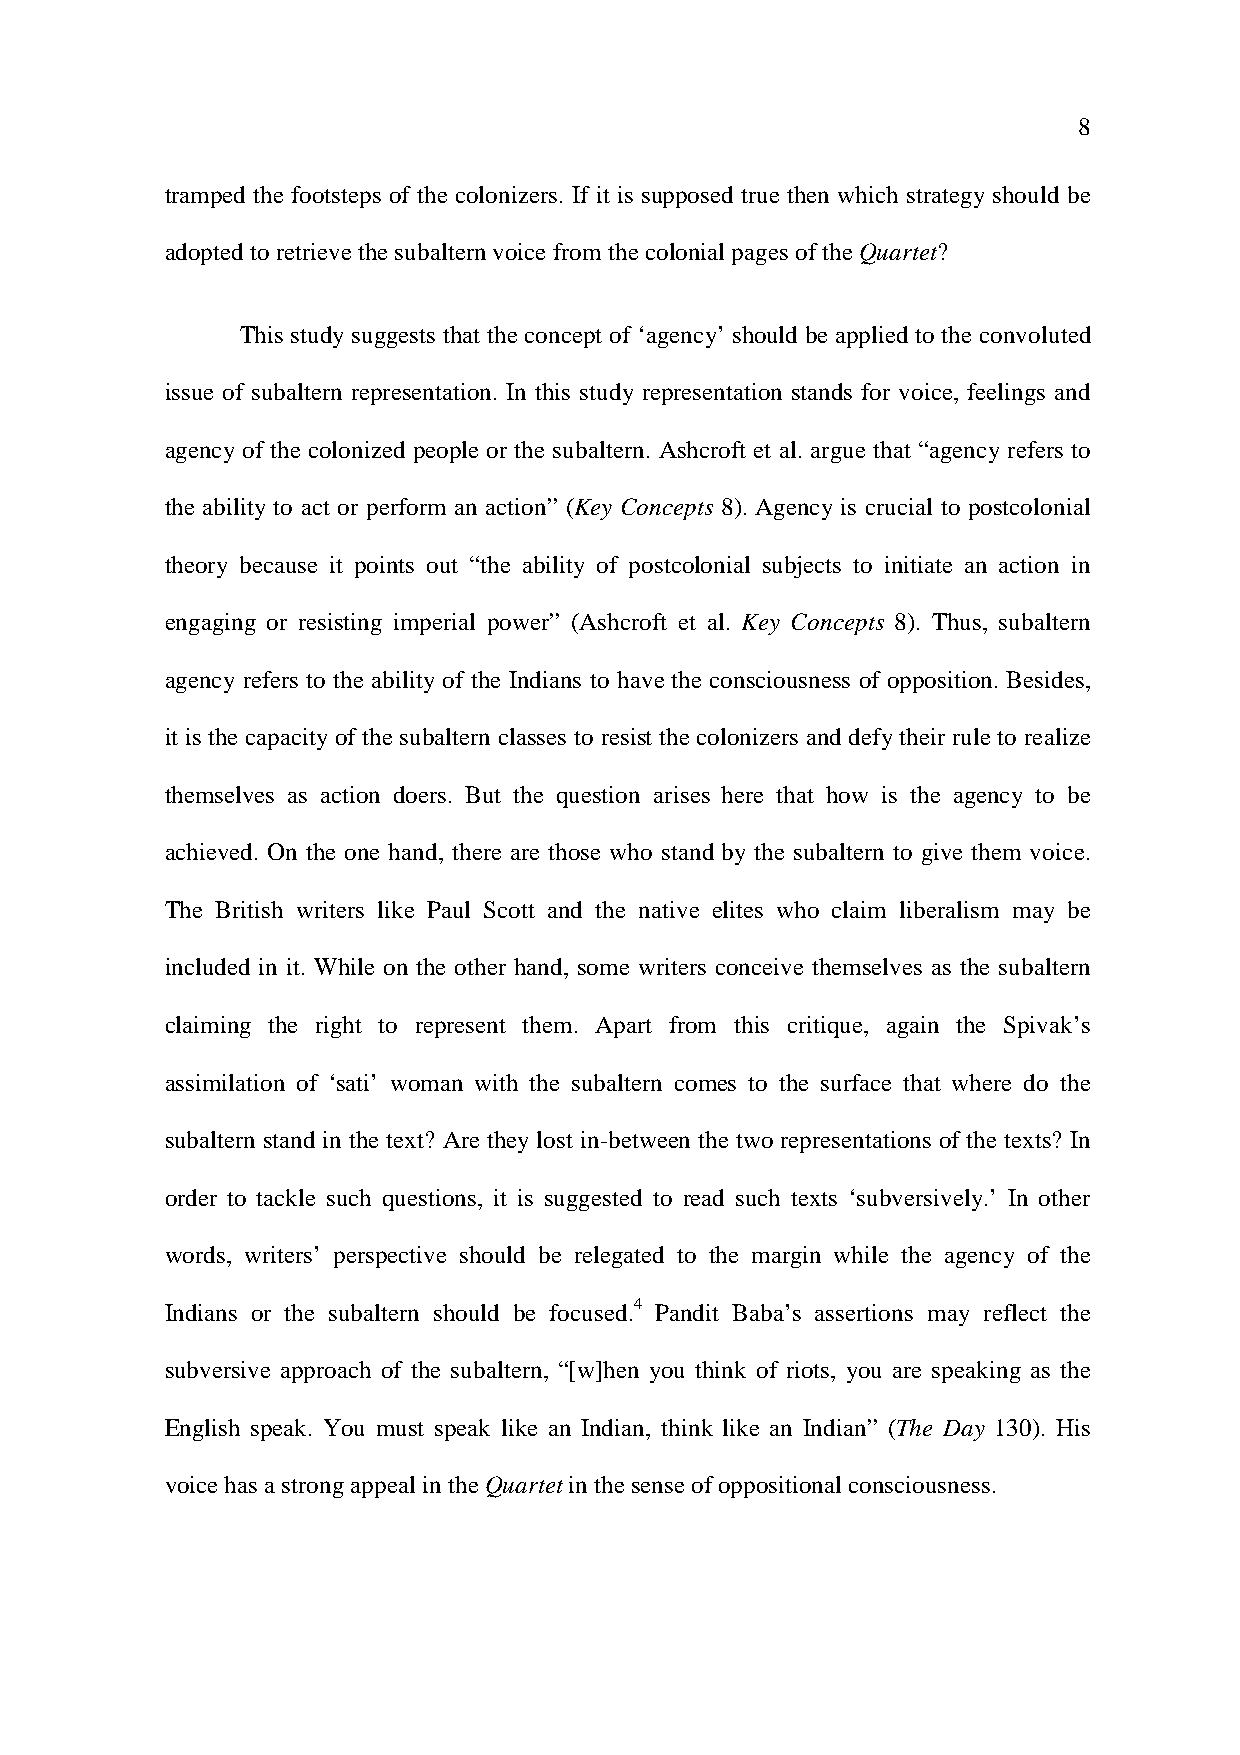
8
 tramped the footsteps of the colonizers. If it is supposed true then which strategy should be
 adopted to retrieve the subaltern voice from the colonial pages of the Quartet?
 This study suggests that the concept of ‘agency’ should be applied to the convoluted
 issue of subaltern representation. In this study representation stands for voice, feelings and
 agency of the colonized people or the subaltern. Ashcroft et al. argue that “agency refers to
 the ability to act or perform an action” (Key Concepts 8). Agency is crucial to postcolonial
 theory because it points out “the ability of postcolonial subjects to initiate an action in
 engaging or resisting imperial power” (Ashcroft et al. Key Concepts 8). Thus, subaltern
 agency refers to the ability of the Indians to have the consciousness of opposition. Besides,
 it is the capacity of the subaltern classes to resist the colonizers and defy their rule to realize
 themselves as action doers. But the question arises here that how is the agency to be
 achieved. On the one hand, there are those who stand by the subaltern to give them voice.
 The British writers like Paul Scott and the native elites who claim liberalism may be
 included in it. While on the other hand, some writers conceive themselves as the subaltern
 claiming the right to represent them. Apart from this critique, again the Spivak’s
 assimilation of ‘sati’ woman with the subaltern comes to the surface that where do the
 subaltern stand in the text? Are they lost in-between the two representations of the texts? In
 order to tackle such questions, it is suggested to read such texts ‘subversively.’ In other
 words, writers’ perspective should be relegated to the margin while the agency of the
 Indians or the subaltern should be focused.4 Pandit Baba’s assertions may reflect the
 subversive approach of the subaltern, “[w]hen you think of riots, you are speaking as the
 English speak. You must speak like an Indian, think like an Indian” (The Day 130). His
 voice has a strong appeal in the Quartet in the sense of oppositional consciousness.